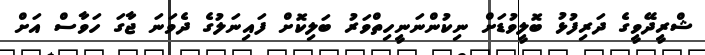
ޝްރީދޭވީގެ ދަރިފުޅު ބޮލީވުޑަށް ނިކުންނަނީހިތްވަރު ބަލިކޮށް ފައިނަލުގެ ދެވަނަ ޖާގަ ހަވާސް އަށް